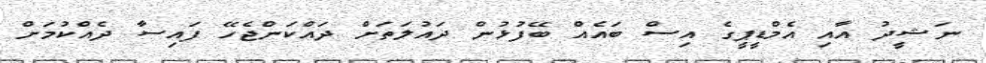
ނަޝީދު އާއި އެމްޑީޕީގެ އިސް ބައެއް ބޭފުޅުން ދައުލަތަށް ދައްކަންޖެހޭ ފައިސާ ދެއްކުމަށް